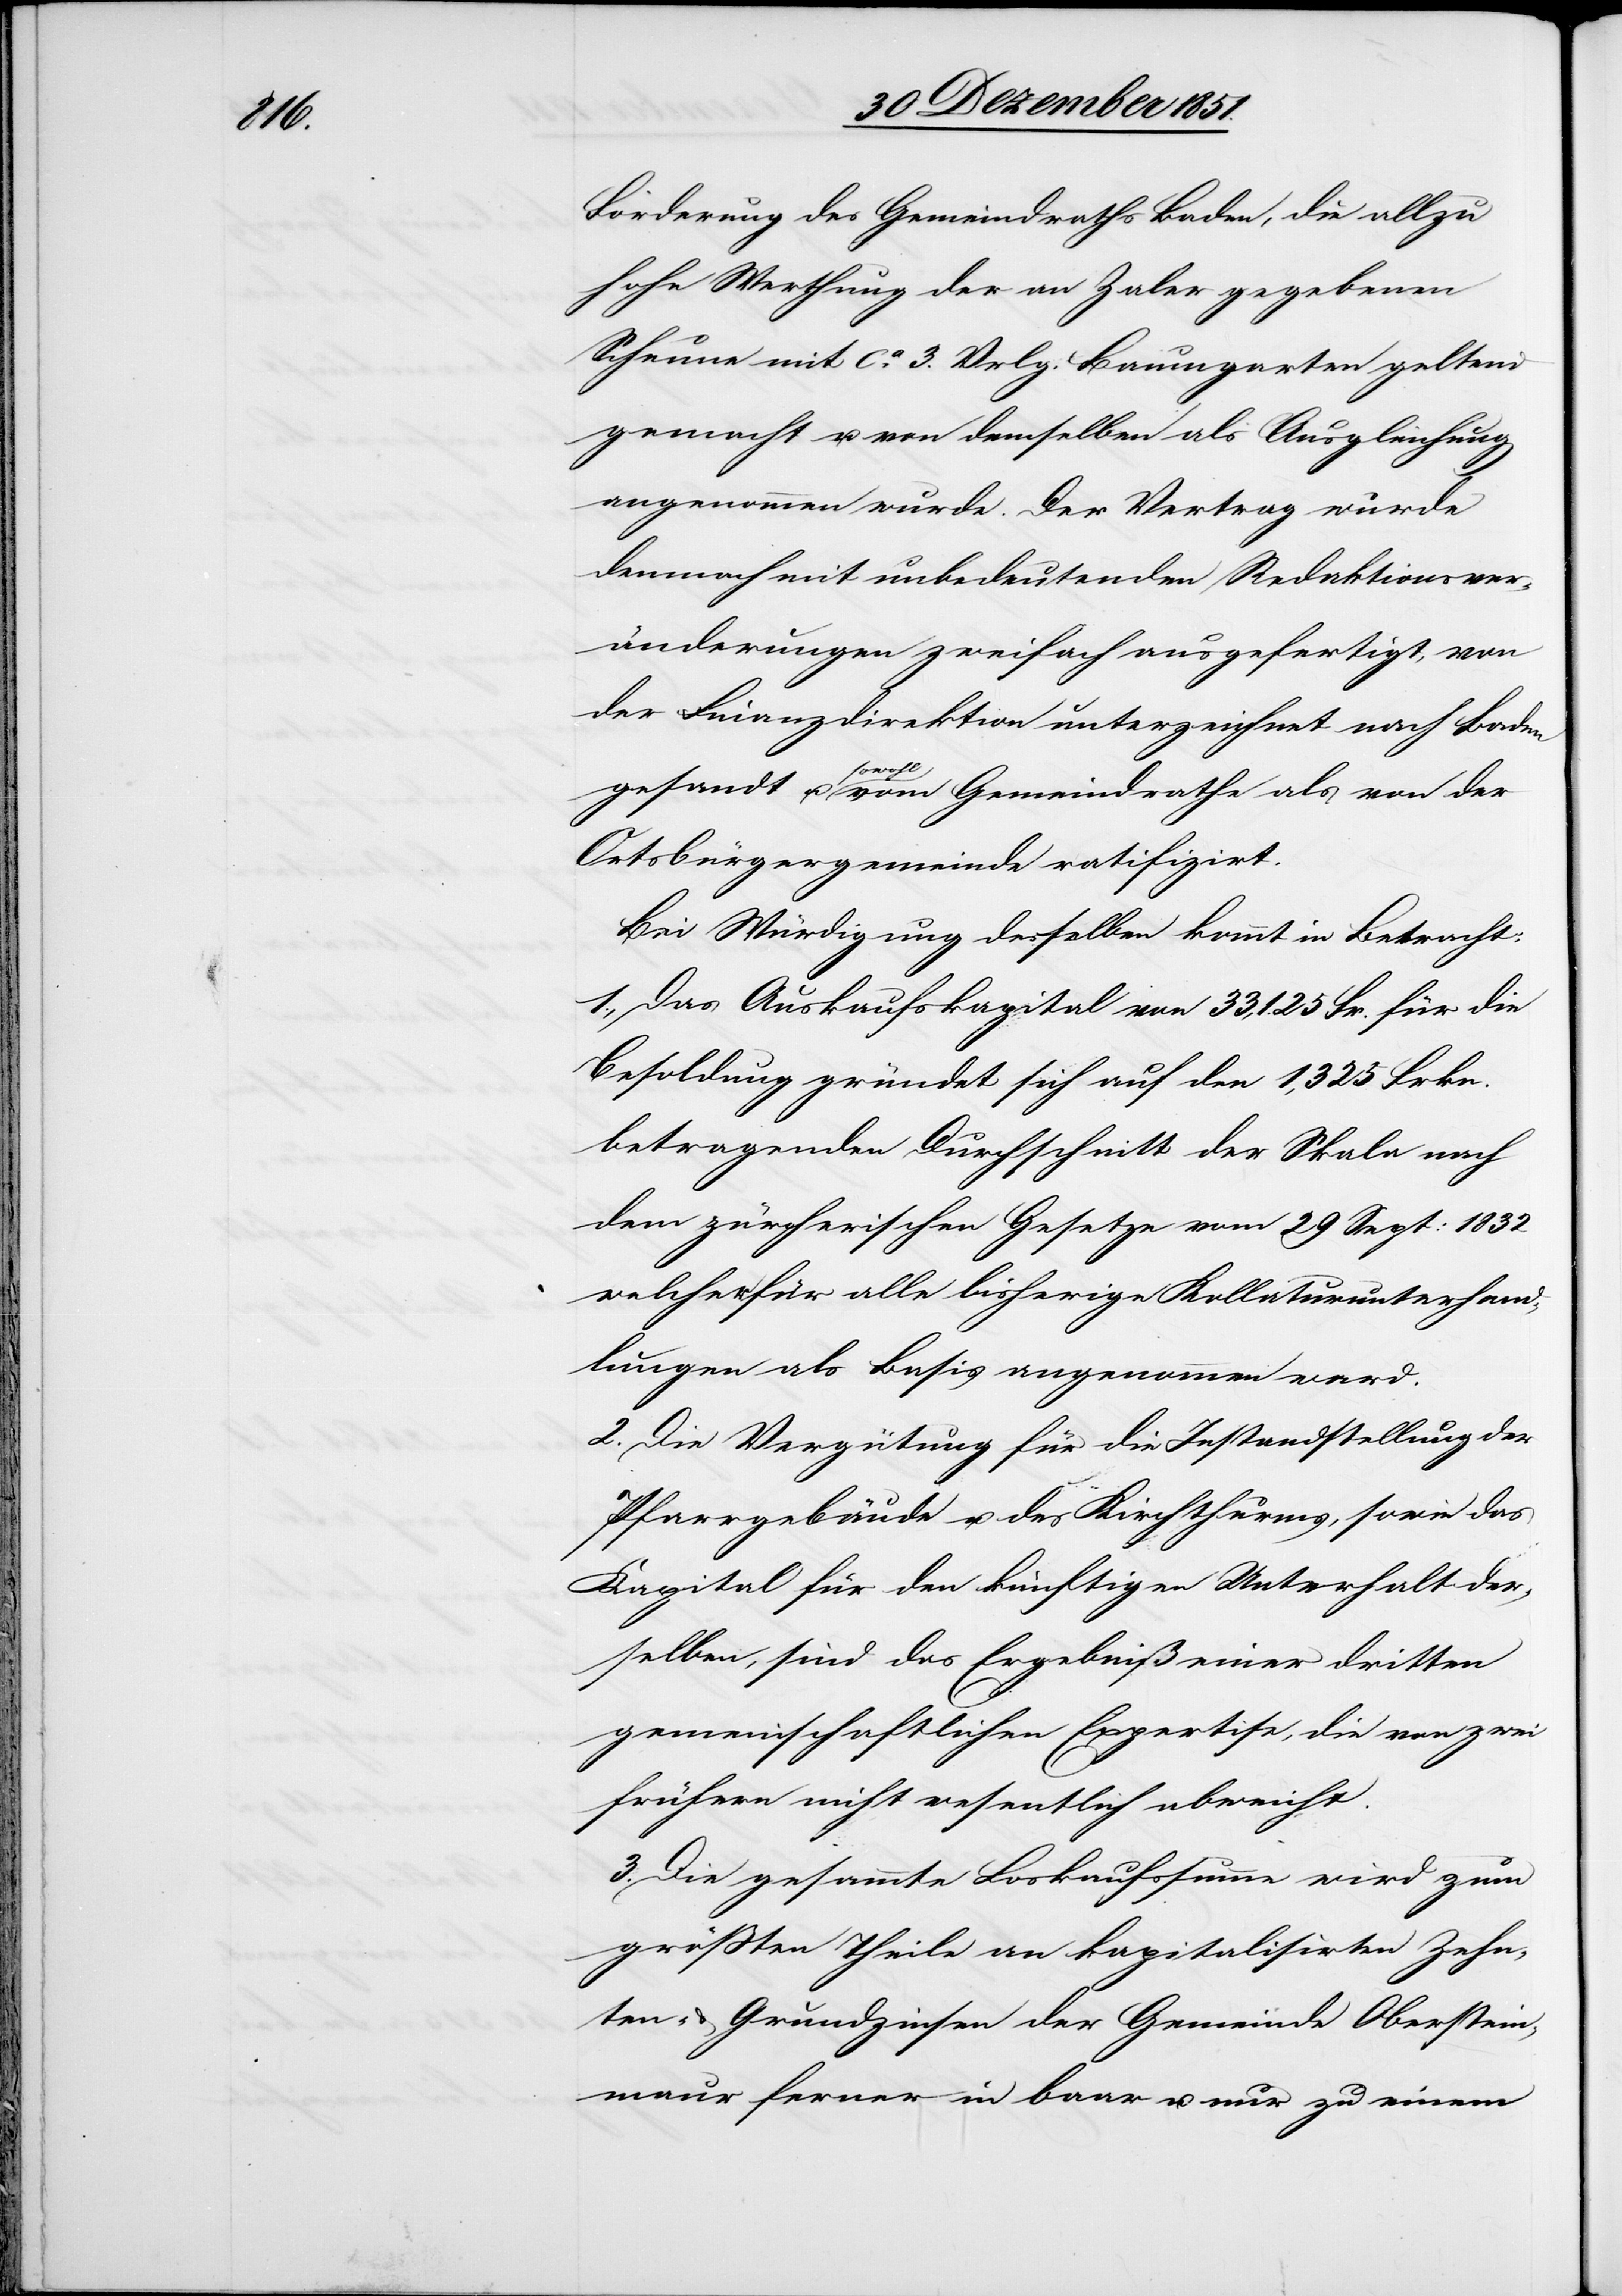
Forderung des Gemeindraths Baden, die allzu
hohe Werthung der an Zaler gegebenen
Scheune mit ca. 3. Vrlg. Baumgarten geltend
gemacht u. von demselben als Ausgleichung
angenommen wurde. Der Vertrag wurde
demnach mit unbedeutenden Redaktionsver¬
änderungen zweifach ausgefertigt, von
der Finanzdirektion unterzeichnet nach Baden
gesandt u. sowohl vom Gemeindrathe als von der
Ortsbürgergemeinde ratifizirt.
Bei Würdigung desselben kommt in Betracht:
1., Das Auskaufskapital von 33,125 Fr. für die
Besoldung gründet sich auf den 1,325 Frkn.
betragenden Durchschnitt der Skala nach
dem zürcherischen Gesetze vom 29 Sept: 1832
welcher für alle bisherige Kollaturunterhand¬
lungen als Basis angenommen ward.
2. Die Vergütung für die Instandstellung der
Pfarrgebäude u. des Kirchthurms, sowie das
Kapital für den künftigen Unterhalt der¬
selben, sind das Ergebniß einer dritten
gemeinschaftlichen Expertise, die von zwei
frühern nicht wesentlich abweicht.
3. Die gesammte Loskaufssumme wird zum
größten Theile an kapitalisirten Zehn¬
ten- & Grundzinsen der Gemeinde Oberstein¬
maur ferner in baar u. nur zu einem